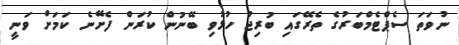
ނުވަތަ ސެޕްޓެމްބަރުގެ ތެރޭގައި ބުރިޖު ހުޅުވި ބޭނުން ކުރަން ފެށޭނެ ކަމަށް ވަނީ